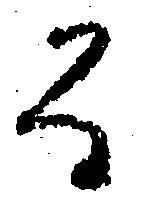
る